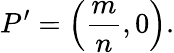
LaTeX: P^{\prime}=\left({\frac{m}{n}},0\right).